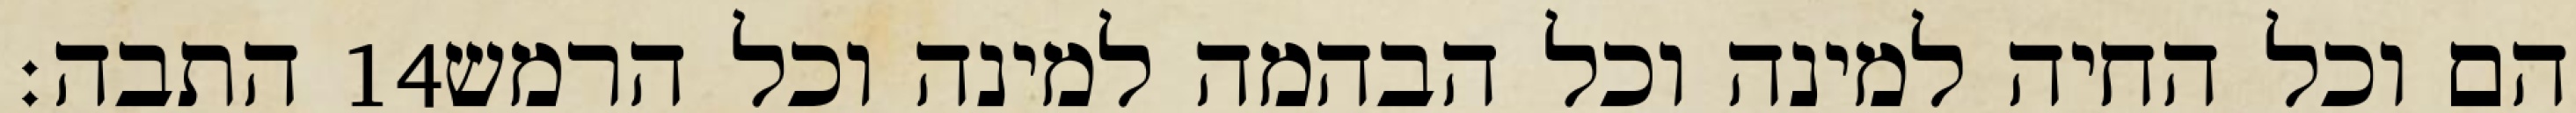
התבה׃ ‎14‏ הם וכל החיה למינה וכל הבהמה למינה וכל הרמש